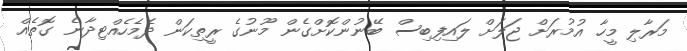
މަރާލި މީހާ އުމުރަށް ޖަލަށް ލައިފިބިސް ބޭނުންކޮށްގެން މޫނުގެ ރީތިކަން ދެމެހެއްޓިދާނެ ގޮތެއް